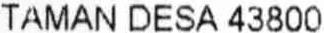
TAMAN DESA 43800